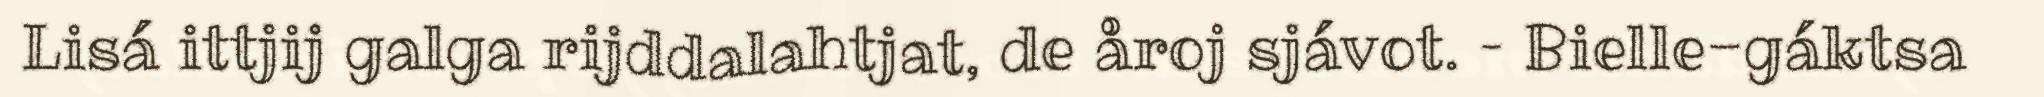
Lisá ittjij galga rijddalahtjat, de åroj sjávot. – Bielle-gáktsa